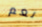
نعم